Vaccine operations Central Provinces 1886-1899 - 1886-1899
Year: 1886
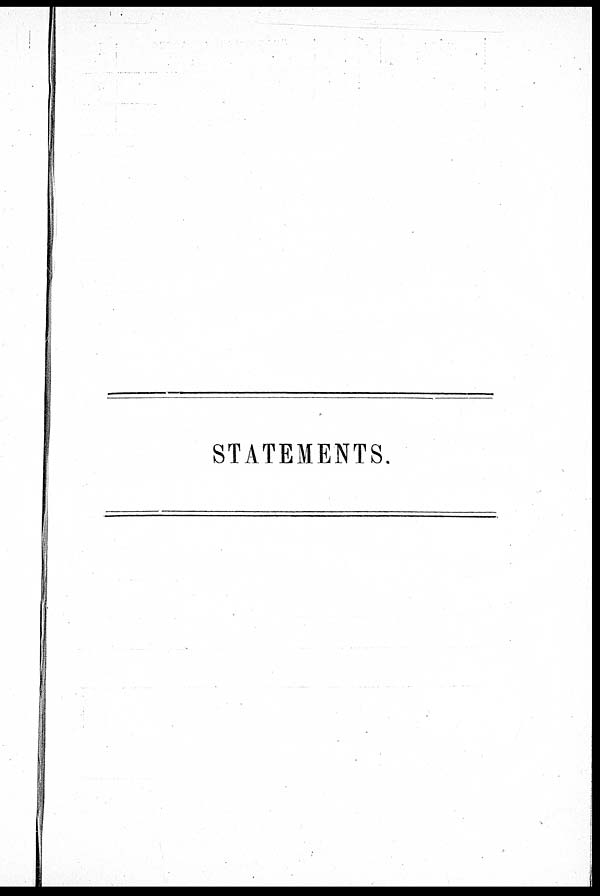
STATEMENTS.